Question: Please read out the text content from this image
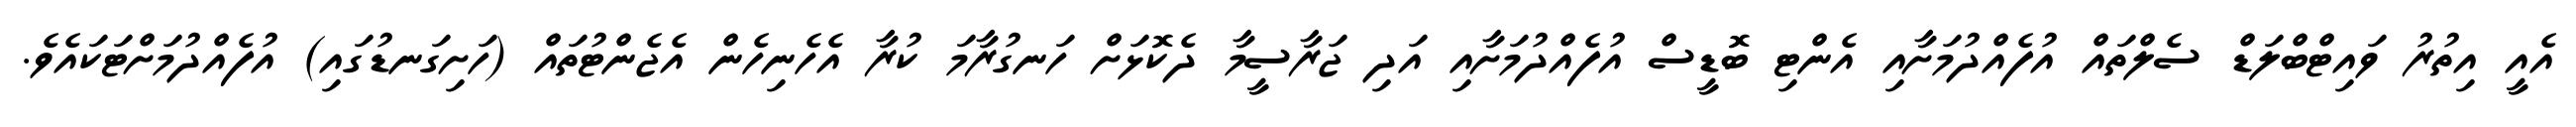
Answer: އެއީ އިތުރު ވައިޓްބްލަޑް ސެލްތައް އުފެއްދުމަށާއި އެންޓި ބޮޑީސް އުފެއްދުމަށާއި އަދި ޖަރާސީމާ ދެކޮޅަށް ހަނގުރާމަ ކުރާ އެހެނިހެން އެޖެންޓުތައް (ހަށިގަނޑުގައި) އުފެއްދުމަށްޓަކައެވެ.